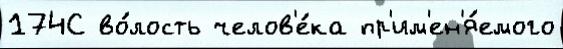
174С во́лость челов'е́ка пр'им'ен'я́емого